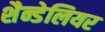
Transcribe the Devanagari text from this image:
शैन्डेलियर